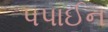
પપાઈન